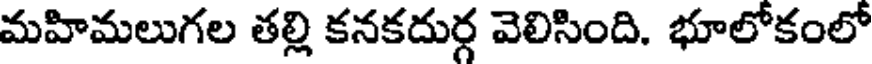
మహిమలుగల తల్లి కనకదుర్గ వెలిసింది. భూలోకంలో